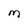
Character: m